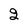
Character: 2